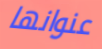
عنوانها